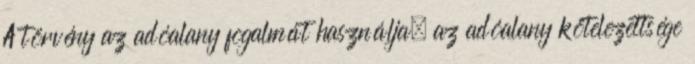
A törvény az adóalany fogalmát használja, az adóalany kötelezettsége